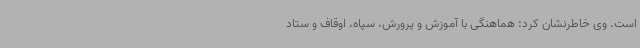
است. وی خاطرنشان کرد: هماهنگی با آموزش و پرورش، سپاه، اوقاف و ستاد